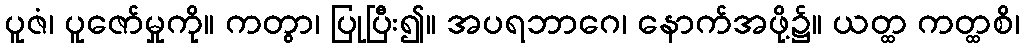
ပူဇံ၊ ပူဇော်မှုကို။ ကတွာ၊ ပြုပြီး၍။ အပရဘာဂေ၊ နောက်အဖို့၌။ ယတ္ထ ကတ္ထစိ၊